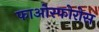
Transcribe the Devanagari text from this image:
फाओस्फोरोस